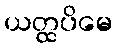
ယတ္ထပိမေ